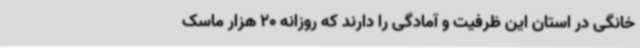
خانگی در استان این ظرفیت و آمادگی را دارند که روزانه 20 هزار ماسک